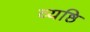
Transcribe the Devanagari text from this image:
व्यष्ठि